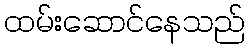
ထမ်းဆောင်နေသည်